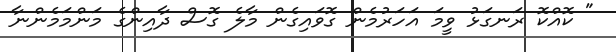
" ކޮއްކޮ ރަނގަޅު ވީމަ އަހަރުމެން ގޮވައިގެން މާލެ ގޮސް ދާއިންގެ މަންމަމެންނާ